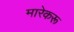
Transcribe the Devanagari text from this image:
मारेकरू